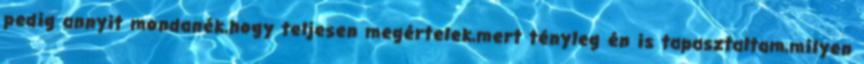
pedig annyit mondanék,hogy teljesen megértelek,mert tényleg én is tapasztaltam,milyen